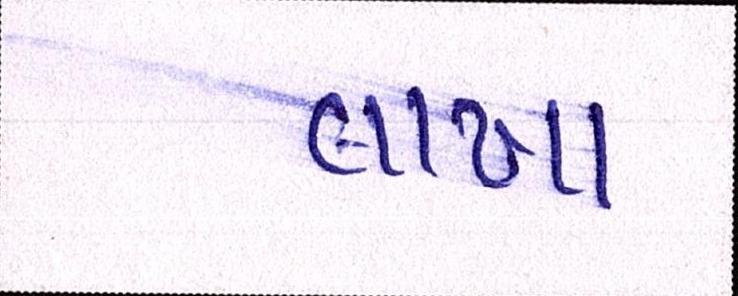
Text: લાખા